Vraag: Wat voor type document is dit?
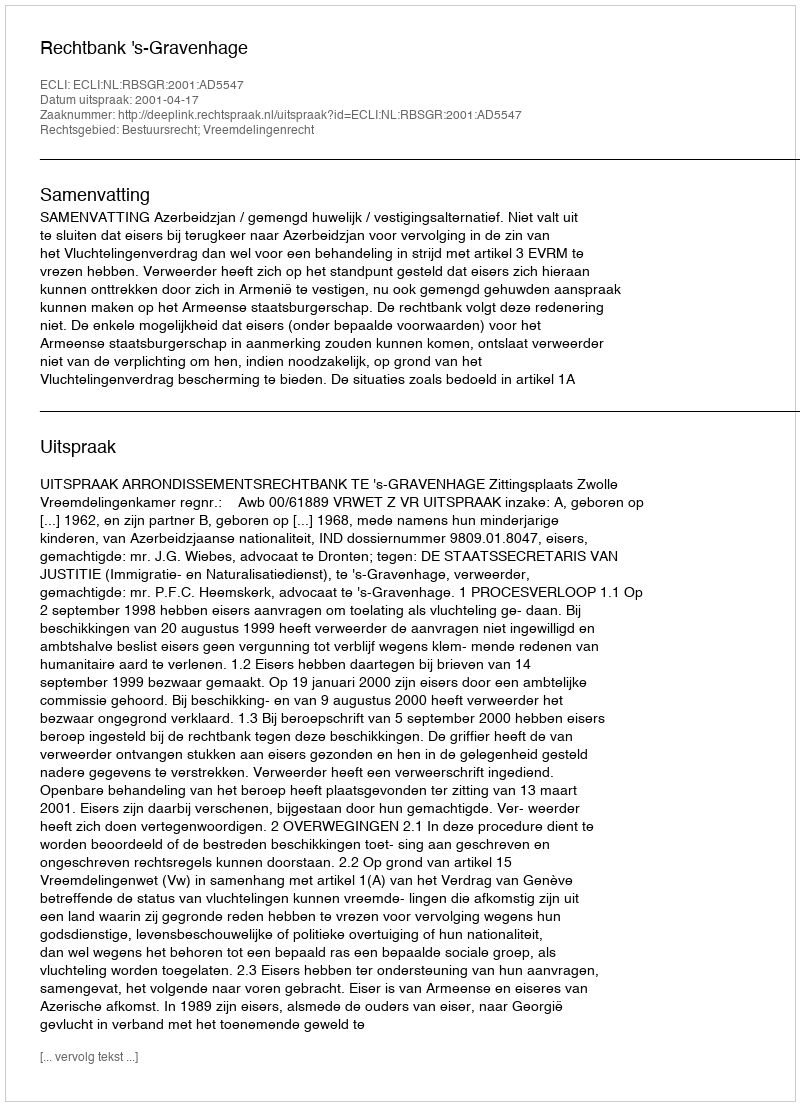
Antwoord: Uitspraak